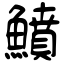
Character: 鱝